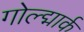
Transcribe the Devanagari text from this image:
गोल्द्मार्क